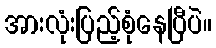
အားလုံးပြည့်စုံနေပြီပဲ။